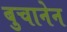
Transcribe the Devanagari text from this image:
बुचानेन